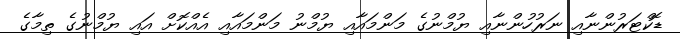
ޑޮކްޓަރުންނާއި ނަރުހުންނާއި ޔުމްނުގެ މަންމައާއި ޔުމްނު މަންމައާއި އެއްކޮށް އައި ޔުމްނުގެ ތިމާގެ